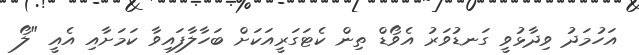
އަހުމަދު ވިދާޅުވީ ގަނޑުވަރު އެވޯޑް ތިން ކެޓަގަރީއަކަށް ބަހާލާފައިވާ ކަމަށާއި އެއީ "ލޯ